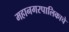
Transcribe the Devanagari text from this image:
महानगरपालिकाचे